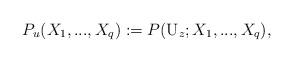
LaTeX: \begin{align*}P_u(X_1,...,X_q):= P(\mathrm{U}_z;X_1,...,X_q),\end{align*}